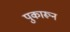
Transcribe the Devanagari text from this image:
पुकारून